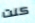
كنت